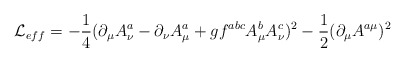
\begin{align*}{\cal L}_{eff}= -\frac{1}{4}(\partial_{\mu}A_{\nu}^{a}-\partial_{\nu}A_{\mu}^{a}+gf^{abc}A_{\mu}^{b}A_{\nu}^{c})^{2}-\frac{1}{2}(\partial_{\mu}A^{a\mu})^{2}\end{align*}